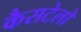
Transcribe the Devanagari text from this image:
कैसटेलो